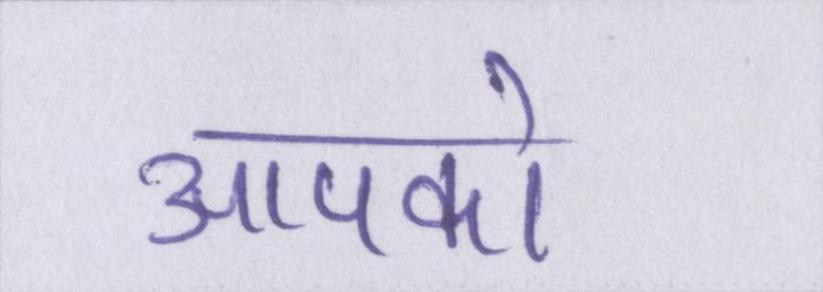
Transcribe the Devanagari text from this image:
आपको